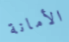
الأمانة